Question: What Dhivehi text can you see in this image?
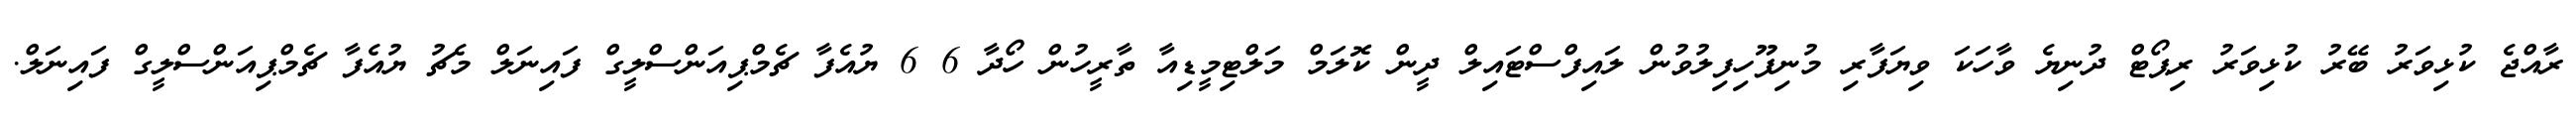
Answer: ރާއްޖެ ކުޅިވަރު ބޭރު ކުޅިވަރު ރިޕޯޓް ދުނިޔެ ވާހަކަ ވިޔަފާރި މުނިފޫހިފިލުވުން ލައިފްސްޓައިލް ދީން ކޮލަމް މަލްޓިމީޑިއާ ތާރީހުން ހޯދާ 6 6 ޔުއެފާ ޗެމްޕިއަންސްލީގް ފައިނަލް މެޗު ޔުއެފާ ޗެމްޕިއަންސްލީގް ފައިނަލް.